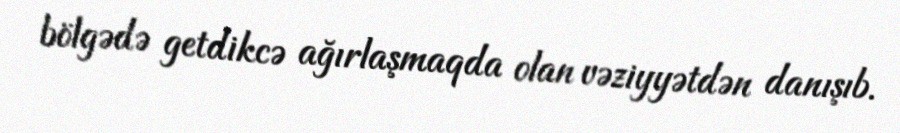
bölgədə getdikcə ağırlaşmaqda olan vəziyyətdən danışıb.